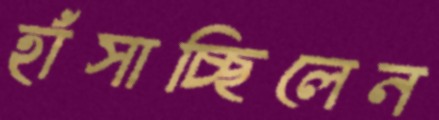
হাঁসাচ্ছিলেন